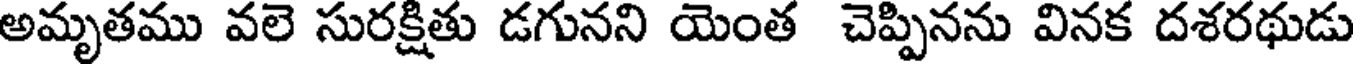
అమృతము వలె సురక్షితు డగునని యెంత చెప్పినను వినక దశరథుడు